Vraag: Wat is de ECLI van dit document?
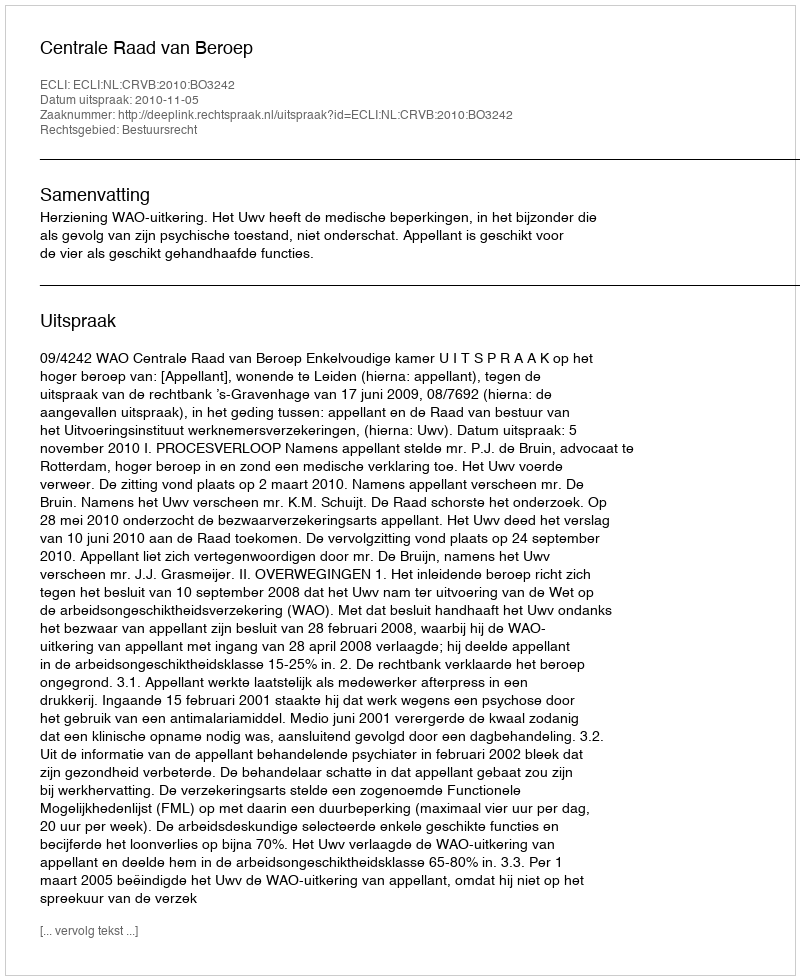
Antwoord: ECLI:NL:CRVB:2010:BO3242